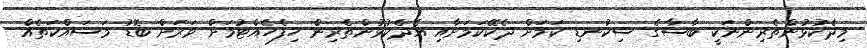
މިދެކުޅުންތެރިންނަކީ ބާސާގެ ސިކުނޑި ކަމަށް ދެކޭކަމަށާއި އެދެކުޅުންތެރިން ހިފެހެއްޓުމަށް ވަރަށް ބޮޑު މަސައްކަތެއް